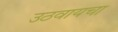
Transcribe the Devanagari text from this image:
उठवायचा